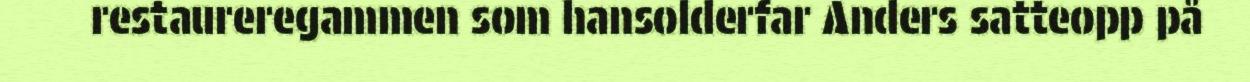
restaureregammen som hansolderfar Anders satteopp på